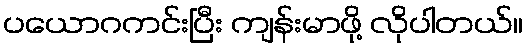
ပယောဂကင်းပြီး ကျန်းမာဖို့ လိုပါတယ်။